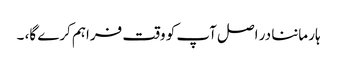
ہار ماننا در اصل آپ کو وقت فراہم کرے گا، ۔